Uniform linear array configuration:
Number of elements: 16
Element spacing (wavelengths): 0.5
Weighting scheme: exponential
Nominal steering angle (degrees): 60
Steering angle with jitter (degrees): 60.888
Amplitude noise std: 0.05
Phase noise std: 0.05

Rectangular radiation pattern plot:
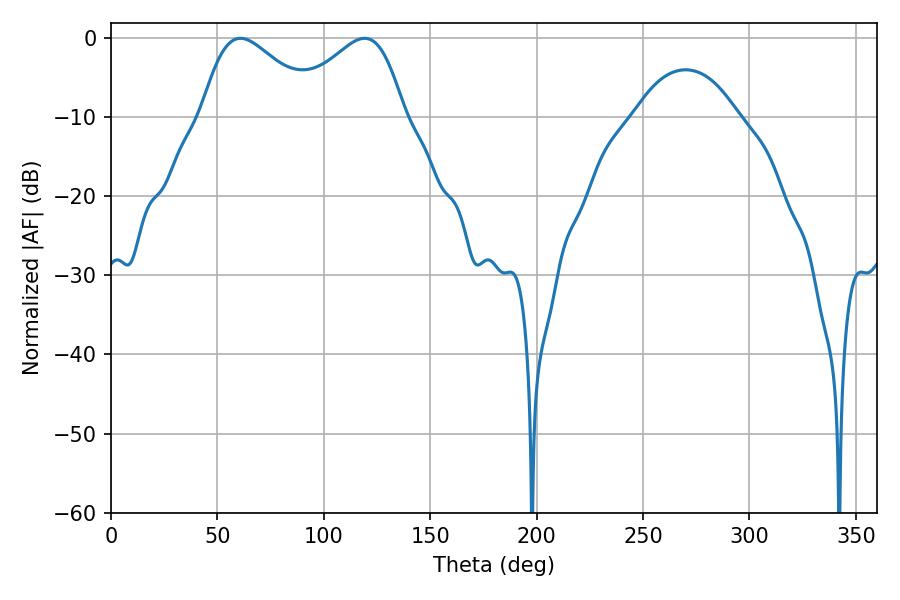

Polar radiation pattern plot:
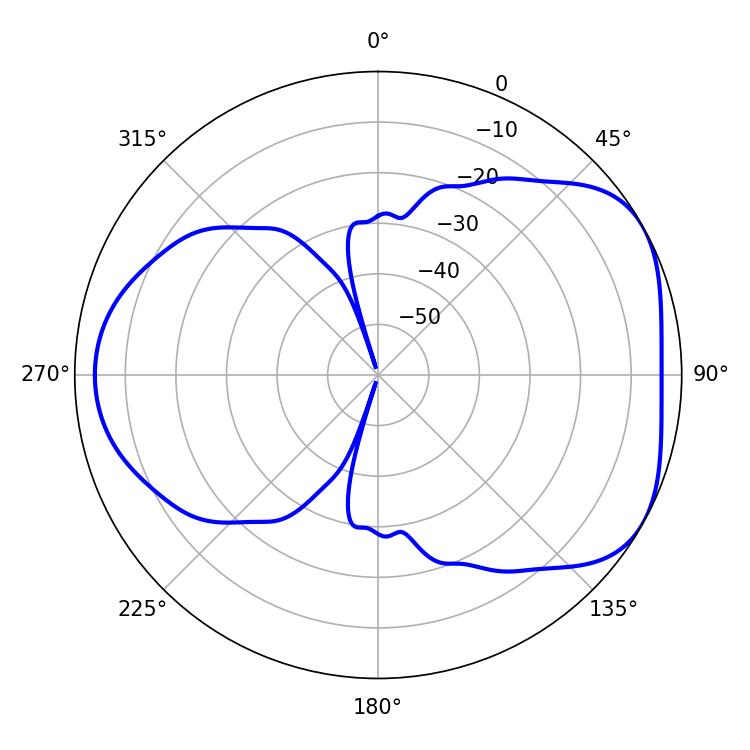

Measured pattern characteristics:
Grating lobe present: FALSE
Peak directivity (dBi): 4.679
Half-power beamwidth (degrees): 28.98
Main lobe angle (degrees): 60.84